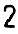
2